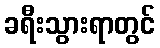
ခရီးသွားရာတွင်